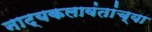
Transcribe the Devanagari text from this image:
नाट्यकलावंतांच्या